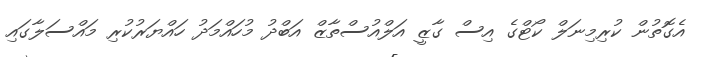
އެގޮތުން ކުރިމިނަލް ކޯޓްގެ އިސް ގާޒީ އަލްއުސްތާޒް އަބްދު މުހައްމަދު ހައްޔަރުކުރި މައްސަލާގައި